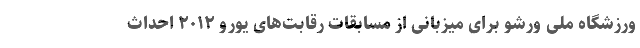
ورزشگاه ملی ورشو برای میزبانی از مسابقات رقابت‌های یورو ۲۰۱۲ احداث